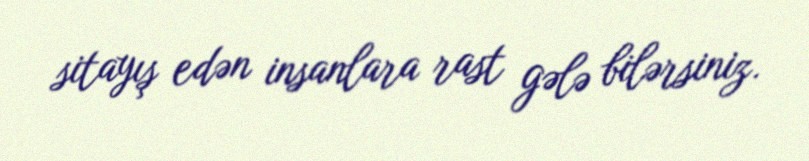
sitayış edən insanlara rast gələ bilərsiniz.